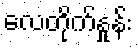
လေတိုက်နှုန်း